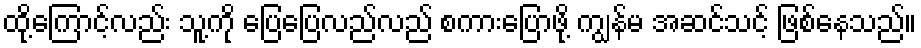
ထို့ကြောင့်လည်း သူ့ကို ပြေပြေလည်လည် စကားပြောဖို့ ကျွန်မ အဆင်သင့် ဖြစ်နေသည်။